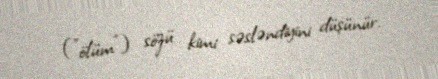
("ölüm") sözü kimi səsləndiyini düşünür.